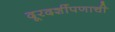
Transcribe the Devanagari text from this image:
दूरदर्शीपणाची